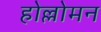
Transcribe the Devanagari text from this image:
होल्लोमन